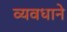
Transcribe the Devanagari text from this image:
व्यवधाने